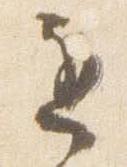
遅